Calcutta medical institutions reports 1871-78
Year: 1871
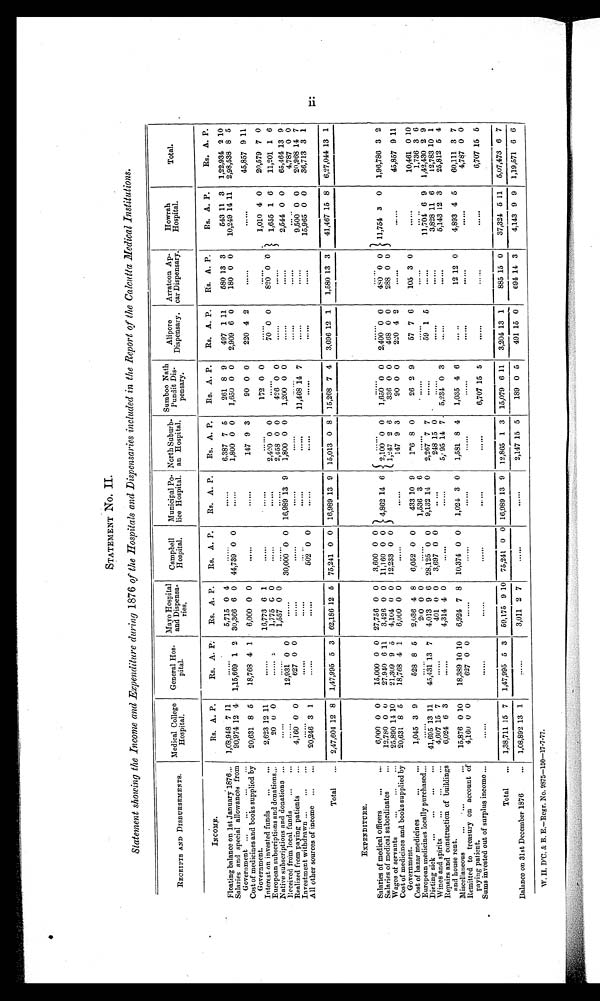
STATEMENT No. II.
Statement showing the Income and Expenditure during 1876 of the Hospitals and Dispensaries included in the Report of the Calcutta Medical Institutions.
RECEIPTS AND DISBURSEMENTS.
Medical College
Hospital.
General Hos-
petal.
1 Mayo Hospital
d Di
and
ries.
Campbell
Hospital.
Municipal Po-
lice Hospital.
North Suburb-
an Hospital.
Sumboopunit 13 1,jasth
r 'I -
pessary,
Alipore
Dispensary,
Arratoon Ap-
car Dispensary.
Howrah
Hospital.
Total.
INCOME.
Rs. A. P.
Rs. A. P.
Rs. A. P.
Rs. A. P.
Rs. A. P.
Rs. A. P.
Rs. A. P.
Rs. A. P.
Rs. A. P.
Rs. A. P.
Rs. A. P.
Floating balance on 1st January 1876...
1,08,948 7 11
......
5,715 0 4
......
6,387 7 5
261 8 9
497 1 11
580 13 3
543 11 3
1,22,934 2 10
Salaries and special allowances from
90,974 12 4
1,15,669 1 2 30,366 6 0
44,739 0 0
1,800 0 0
1,650 0 0
2,909 6 0
180 0 0
10,249 14 11
2,98,538 8 5
Government ...
...
...
...
Cost of medicines and books supplied by
20,631 8 6
18,768 4 1
6,000 0 0
../ ."
147 9 3
90 0 0
220 4 2
......
45,857 9 11
Government.
Interest on invested funds
...
...
2,623 12 11
......
16,773 6 1
......
......
......
172 0 0
......
.
1,010 4 0
20,579 7 0
European subscriptions and donations...
Native subscriptions and donations ...
20 0 0
......
:,
......
1,775 G 0
1,657 0 0
......
......
2,420 0 0
2, 458 0 0
......
426 0 0
70
......
0 0
820 0 0
......
1 655
,
1 6
11 201
,
1 6
Received from local funds
...
...
. ...
12,931 0 0
......
30,00.0-0 0
16,989 -13 9
1,800 0 0
1,200 0 0
......
2,544, 0 0
65,464 13 9
Realized from paying patients
...
4,160 0 0
627 0 0
......
......
......
......
... ..
4,787 0 0
Investment withdrawn ...
...
...
......
......
......
... ..
......
11,468 14 7
......
......
9,500 0 0
20,968 14 7
All other sources of income
...
...
20,246 3 1
......
......
502 0 0
......
......
......
......
......
15,965 0 0
36,713 3 1
Total
...
2,47,604 12 8
1,47,995 5 3 62,186 12 5 75,241 0 0 16,989 13 9 15,013 0 8 15,268 7 4
3,696 12 1
1,580 13 3
41,467 15 8
6,27,044 13 1
EXPENDITURE.
Salaries of medical officers
...
...
6,000 0 0
15,000 0 0 27,756 0 0
3,600 0 0 )
Salaries of medical subordinates
...
12,780 0 0
27.940 6 11
3,426 0 0 11,160 0 0
4,862 14 6
2,1000 0
1,6600 0
2,4000 0
40 0 0
11,754 3
0
1,96,786 3 2
Wages of servants
...
...
...
25,890 11 10
21,309 9 5
4,104 0 0
12,233 0 0
•
1,247 2 6
336 0 0
468 0 0
288 0 0
Cost of medicines and books supplied by
20,631 8 5
18,768 4 1
6,000 0 0
......
......
147 9 3
90 0 0 I
220 4 2
......
......
45,857 9 11
Government.
Cost of bazar medicines
...
...
1,045 3 9
528 8 5
2,036 4 8
6,052 0 0
433 10 9
1'6 8 0
26 2 9
57 7 6
105 3 0
......
10,461 0 10
European medicines locally purchased
0 0
......
1,536 3 6
- ......
......
1,736 3 6
Dieting sick
...
...
...
...
41,6.65-13 11
45;4.31.13 7
4,013 9 6 28,125 0 0
9,132 14 0
2,26/ - 7 7
......
59 1 5
......
-
;.:*
1 1, , 01 6 9
1,42,430 2 9
Wines and spirits
...
...
...
4,607 15 7
......
401 0 0
3,697 0 0
.. ...
248 15 0 -
.
......
......
3,828 11 6
12,783 10 1
Repairs and construction of buildings
6,024 6 3
. . . . . .
4,314 4 0
......
......
5,, 95 14 7 . 5,234 - 0 3
......
......
5,143 12 3
25,812 5 4
and house rent.
Miscellaneous
...
. . . .
. . .
15,876 0 10
18,389 10 10
6,924 7 8
10,374 0 0
1,024 3 0
1,581 8 4
1,035 4 6
a.. ..
12 12 0
4,893 4 5
60,111 3 7
Remitted to treasury on account of
paying patient.
4,16u 0 0
627 0 0
......
......
......
4,787 0 0
Sums invested out of surplus income ...
......
......
......
......
......
•.....
6,707 15 5
......
......
......
6,707 15 6
Total
...
1,38,711 15 7
1,47,995 5 3
59,175 9 10
75,241 0 0 16,989 13 9
12,865 1 3
-
15,079 6 11
3,204 13 1
-
885 15 0
37,324
_
6 11
5,07,473 6 7
Balance on 31st December 1876
...
1,08,892 13 1
......
3,011 2 7
......
......
2,147 15 5
189 0 5
491 15 0
694 14 3
4,143 9 9
1,19,571 6 6
W. II. D'C. & B. E.-Regr, No. 11S75-150-17-7-77.
1../ .